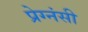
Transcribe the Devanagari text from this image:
प्रेग्नंसी